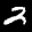
Label: 2